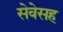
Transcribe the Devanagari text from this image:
सेवेसह